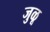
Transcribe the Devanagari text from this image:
जुळू